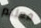
فعلتم